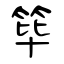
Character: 筚